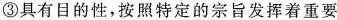
③具有目的性，按照特定的宗旨发挥着重要